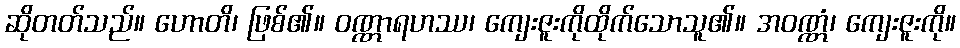
ဆိုတတ်သည်။ ဟောတိ၊ ဖြစ်၏။ ဝဏ္ဏာရဟဿ၊ ကျေးဇူးကိုထိုက်သောသူ၏။ အဝဏ္ဏံ၊ ကျေးဇူးကို။